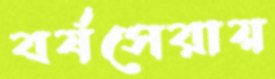
বর্ষসেরায়